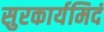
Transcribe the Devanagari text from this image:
सुरकार्यमिदं